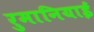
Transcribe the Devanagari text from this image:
रुमानियाई